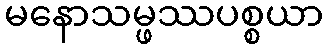
မနောသမ္ဖဿပစ္စယာ